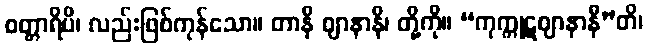
စတ္တာရိပိ၊ လည်းဖြစ်ကုန်သော။ တာနိ ဈာနာနိ၊ တို့ကို။ “ကုက္ကုဋဈာနာနီ”တိ၊